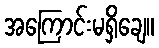
အကြောင်းမရှိချေ။